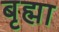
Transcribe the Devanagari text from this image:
बृह्मा